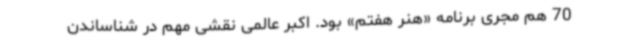
70 هم مجری برنامه «هنر هفتم» بود. اکبر عالمی نقشی مهم در شناساندن